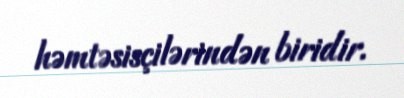
həmtəsisçilərindən biridir.